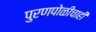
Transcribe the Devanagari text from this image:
पुरणपोळीचाही